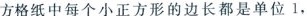
方格纸中每个小正方形的边长都是单位 1，